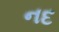
નદ